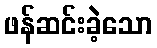
ဖန်ဆင်းခဲ့သော